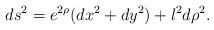
LaTeX: \begin{align*}ds^2 = e^{2\rho} (dx^2 + dy^2) + l^2d\rho^2.\end{align*}